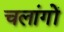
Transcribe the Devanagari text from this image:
चलांगों